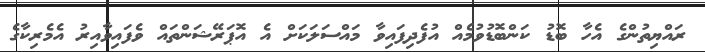
ރައްޔިތުންގެ އެހާ ބޮޑު ކަންބޮޑުވުމެއް އުފެދިފައިވާ މައްސަލަކަށް އެ އޮޕަރޭޝަންތައް ވެފައިވާއިރު އެމެރިކާގެ